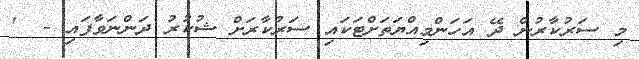
މި ސަރުކާރުން ދޭ އަހަންމިއްޔަތަށްޓަކައި ސަރުކާރަށް ޝުކުރު ދަންނަވާފައި -  '